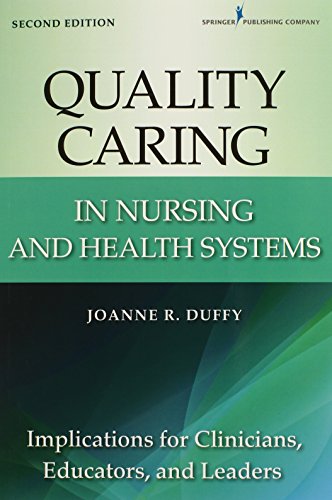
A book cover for Quality Caring in Nursing and Health Systems: Implications for Clinicians, Educators, and Leaders, 2nd Edition (Duffy, Quality Caring in Nursing); Joanne R. Duffy PhD  RN  FAAN; Medical Books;